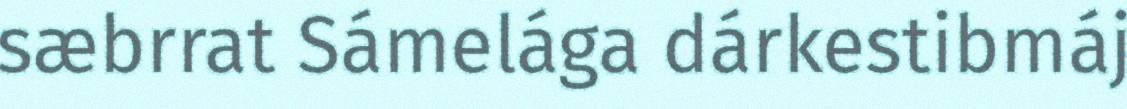
sæbrrat Sámelága dárkestibmáj